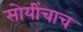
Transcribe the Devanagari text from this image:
सोयींचाच